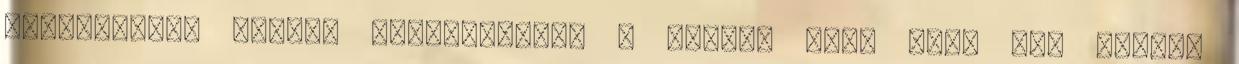
szánalmasan gyenge próbálkozás. A Jobbik sara őket nem menti.